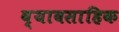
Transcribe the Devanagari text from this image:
व्यावसाहिक